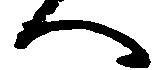
へ